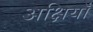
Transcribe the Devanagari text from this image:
अक्षियाँ